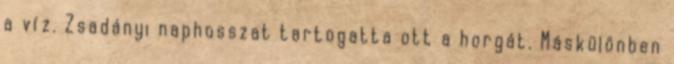
a víz. Zsadányi naphosszat tartogatta ott a horgát. Máskülönben